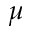
{ \mu }